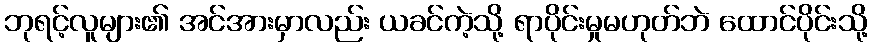
ဘုရင့်လူများ၏ အင်အားမှာလည်း ယခင်ကဲ့သို့ ရာပိုင်းမှုမဟုတ်ဘဲ ထောင်ပိုင်းသို့